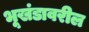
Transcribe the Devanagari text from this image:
भूखंडावरील